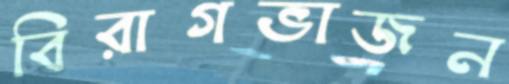
বিরাগভাজন